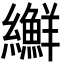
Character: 𦇫